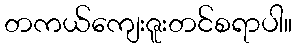
တကယ်ကျေးဇူးတင်စရာပါ။